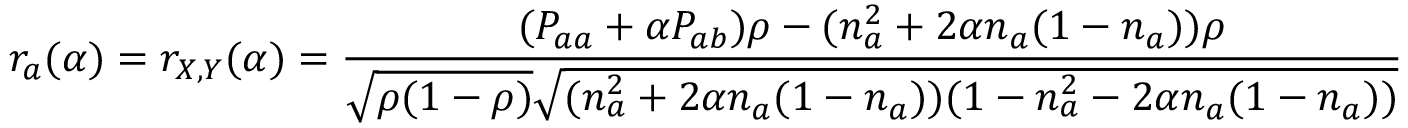
r _ { a } ( \alpha ) = r _ { X , Y } ( \alpha ) = \frac { ( P _ { a a } + \alpha P _ { a b } ) \rho - ( n _ { a } ^ { 2 } + 2 \alpha n _ { a } ( 1 - n _ { a } ) ) \rho } { \sqrt { \rho ( 1 - \rho ) } \sqrt { ( n _ { a } ^ { 2 } + 2 \alpha n _ { a } ( 1 - n _ { a } ) ) ( 1 - n _ { a } ^ { 2 } - 2 \alpha n _ { a } ( 1 - n _ { a } ) ) } }